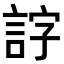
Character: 𧧕